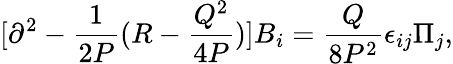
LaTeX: [\partial^{2}-{\frac{1}{2P}}(R-{\frac{Q^{2}}{4P}})]B_{i}={\frac{Q}{8P^{2}}}\epsilon_{ij}\Pi_{j},